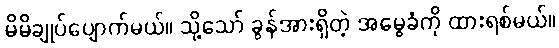
မိမိချုပ်ပျောက်မယ်။ သို့သော် ခွန်အားရှိတဲ့ အမွေခံကို ထားရစ်မယ်။